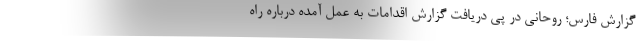
گزارش فارس؛ روحانی در پی دریافت گزارش اقدامات به عمل آمده درباره راه